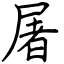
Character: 屠